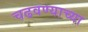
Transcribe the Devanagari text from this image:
चढवण्याच्या